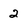
Character: 2